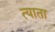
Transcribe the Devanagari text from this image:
त्याता